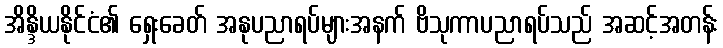
အိန္ဒိယနိုင်ငံ၏ ရှေးခေတ် အနုပညာရပ်များအနက် ဗိသုကာပညာရပ်သည် အဆင့်အတန်း